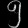
Digit: ၅